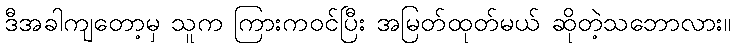
ဒီအခါကျတော့မှ သူက ကြားကဝင်ပြီး အမြတ်ထုတ်မယ် ဆိုတဲ့သဘောလား။